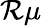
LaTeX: {\mathcal R}\mu